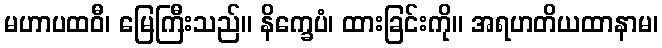
မဟာပထဝီ၊ မြေကြီးသည်။ နိက္ခေပံ၊ ထားခြင်းကို။ အရဟတိယထာနာမ၊